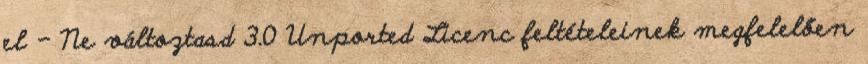
el - Ne változtasd 3.0 Unported Licenc feltételeinek megfelelően